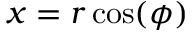
x = r \cos ( \phi )